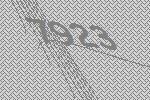
7923